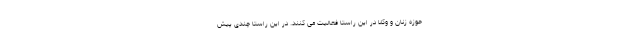
حوزه زنان و وکلا در این راستا فعالیت می کنند. در این راستا چندی پیش